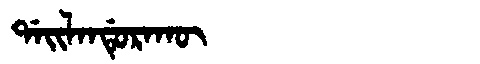
Manchu: ᡩᠠᡳᠯᠠᠨᡩᡠᡵᠠᡴᡡ
Romanization: DAILANDURAKŪ